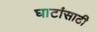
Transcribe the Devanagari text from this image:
घाटांसाठी